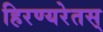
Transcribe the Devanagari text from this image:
हिरण्यरेतस्